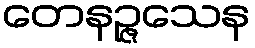
တေနဉ္ဇသေန